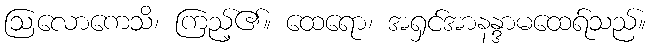
ဩလောကေသိ၊ ကြည့်၏။ ထေရော၊ အရှင်အာနန္ဒာမထေရ်သည်။